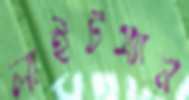
লাইটম্যান